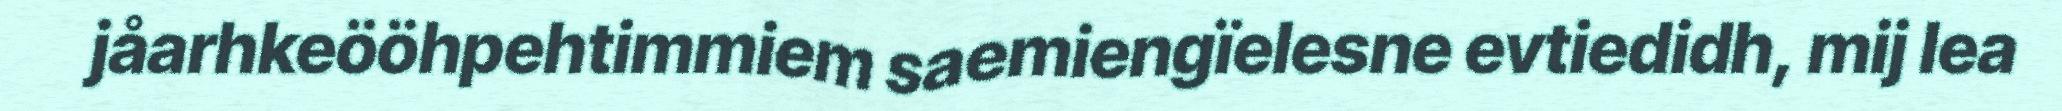
jåarhkeööhpehtimmiem saemiengïelesne evtiedidh, mij lea